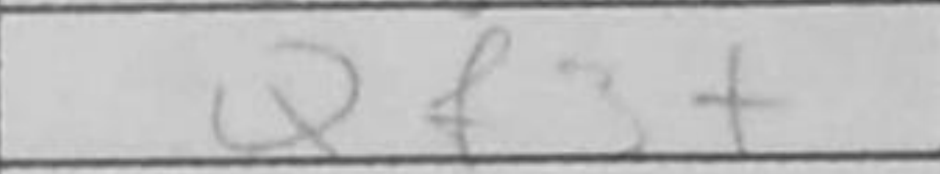
Transcription: Qf3+